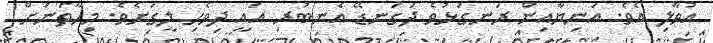
އުވާލި އެވެ. އަނިޔާއިން ރަނގަޅުވެ ދަގަނޑޭ އެނބުރި އައީ ދިވެހި ލީގަށެވެ. މިހާތަނަށް